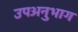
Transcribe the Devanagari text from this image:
उपअनुभाग